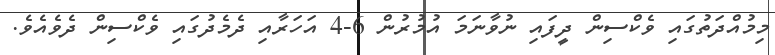
މިމުއްދަތުގައި ވެކްސިން ދީފައި ނުވާނަމަ އުމުރުން 6-4 އަހަރާއި ދެމެދުގައި ވެކްސިން ދެވެއެވެ.